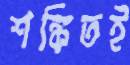
শঙ্কিতই